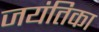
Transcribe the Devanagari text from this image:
जयंतिका